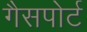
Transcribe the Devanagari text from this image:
गैसपोर्ट